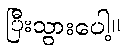
ပြီးသွားပေါ့။